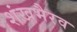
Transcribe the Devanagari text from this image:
शंखभैरव